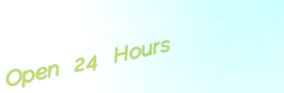
Open 24 Hours